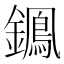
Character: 𨭷